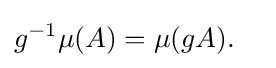
g^{-1}\mu (A)=\mu (gA).\quad